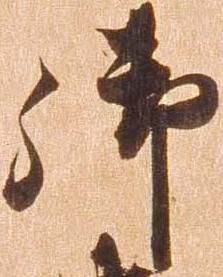
御